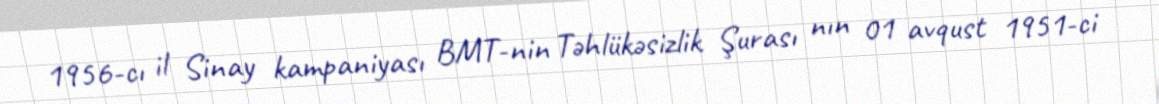
1956-cı il Sinay kampaniyası BMT-nin Təhlükəsizlik Şurası nın 01 avqust 1951-ci